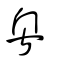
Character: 粵